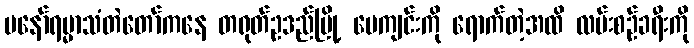
မနော်ရမ္မာသံတဲတော်ကနေ တရုတ်ဥဒည်မြို့ ပေကျင်းကို ရောက်တဲ့အထိ လမ်းစဉ်ခရီးကို